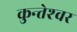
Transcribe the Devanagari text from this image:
कुन्‍तेश्‍वर